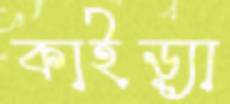
কাইড়্যা